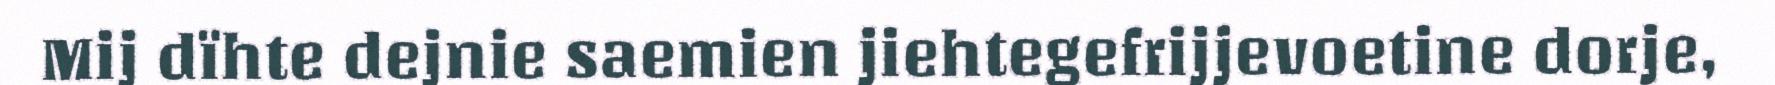
Mij dïhte dejnie saemien jiehtegefrijjevoetine dorje,